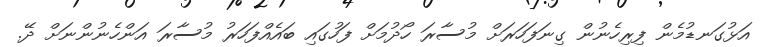
އަޅުގަނޑުމެން ފިރިހެނުން ގިނަފަހަރަށް މުސާރަ ހޯދުމަށް ފަހުގައި ބައެއްފަހަރު މުސާރަ އަންހެނުންނަށް ދޭ.